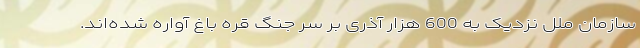
سازمان ملل نزدیک به 600 هزار آذری بر سر جنگ قره باغ آواره شده‌اند.